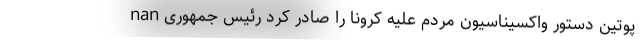
nan پوتین دستور واکسیناسیون مردم علیه کرونا را صادر کرد رئیس جمهوری